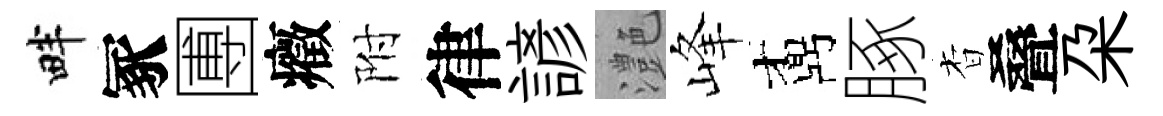
畔冢圑癥附律諺灔峰鼒䐁杳叠朶